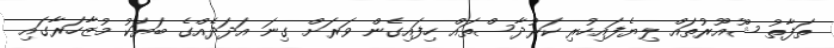
ތަފާތު ޝޫއޫރުތައް ލިޔެފައިހުރި ކަރުދާސްތައް ހިފައިގެން ވަރަށް ގިނަ އަދަދެއްގެ ބަޔަކު މުޒާހަރާގައި